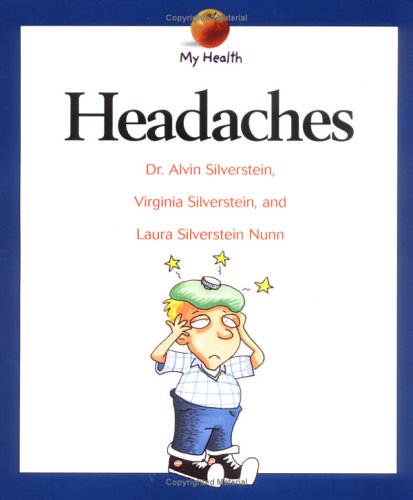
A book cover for Headaches (My Health); Alvin Silverstein; Health, Fitness & Dieting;